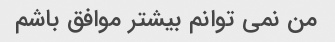
من نمی توانم بیشتر موافق باشم